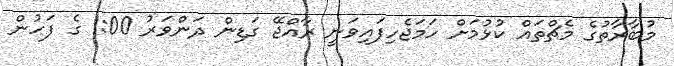
މުބާރާތުގެ މެޗްތައް ކުޅުމަށް ހަމަޖެހިފައިވަނީ ރާއްޖޭ ގަޑިން ދަންވަރު 1:00 ގެ ފަހުން